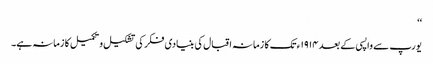
‘‘
یورپ سے واپسی کے بعد ١٩١۴ء تک کا زمانہ اقبال کی بنیادی فکر کی تشکیل و تکمیل کا زمانہ ہے۔